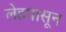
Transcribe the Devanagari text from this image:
लेहपासून